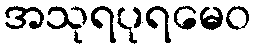
အသုရပုရမေဝ